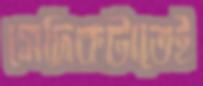
সেদিকটাতেই